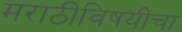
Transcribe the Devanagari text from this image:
मराठीविषयीचा